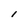
Character: l